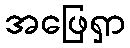
အဖြေရှာ